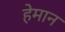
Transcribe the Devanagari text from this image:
हेमान